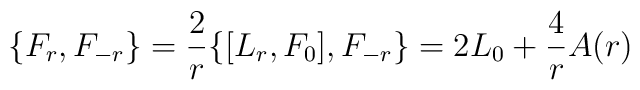
\{ F_{r}, F_{-r} \} = \frac{2}{r} \{ [ L_{r}, F_{0} ], F_{-r}\} = 2 L_{0} + \frac{4}{r} A(r)